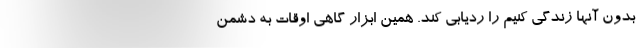
بدون آنها زندگی کنیم را ردیابی کند. همین ابزار گاهی اوقات به دشمن